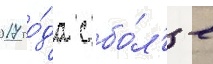
2017 го́да с бо́л'ее